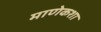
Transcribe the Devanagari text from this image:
माणेकशा